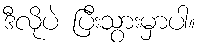
ဒီလိုပဲ ပြီးသွားမှာပါ။